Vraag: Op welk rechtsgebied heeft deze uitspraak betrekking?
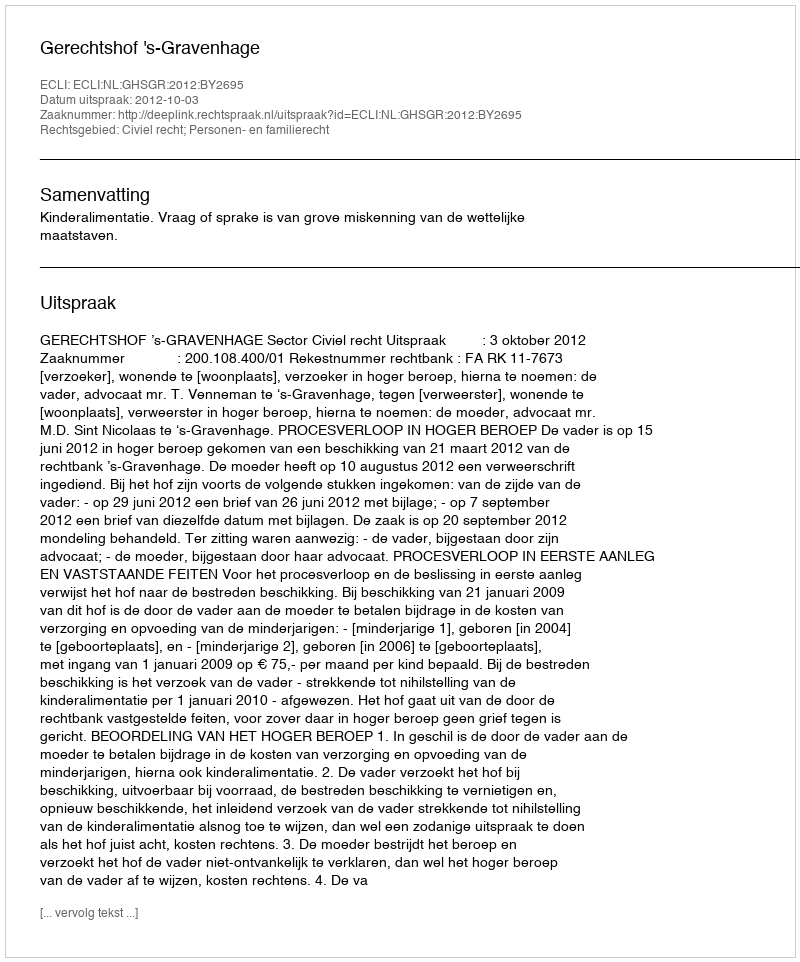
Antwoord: Civiel recht; Personen- en familierecht